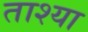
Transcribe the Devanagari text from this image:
ताश्या